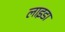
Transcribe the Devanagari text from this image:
लाइडा